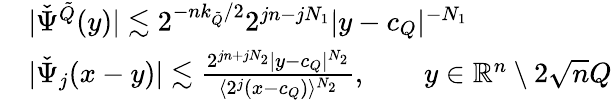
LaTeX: \begin{array}{rl}&{|\check{\Psi}^{\tilde{Q}}(y)|\lesssim 2^{-nk_{\tilde{Q}}/2}2^{jn-jN_{1}}|y-c_{Q}|^{-N_{1}}}\\ &{|\check{\Psi}_{j}(x-y)|\lesssim\frac{2^{jn+jN_{2}}|y-c_{Q}|^{N_{2}}}{\langle 2^{j}(x-c_{Q})\rangle^{N_{2}}},\qquad y\in\mathbb{R}^{n}\setminus 2\sqrt nQ}\end{array}